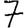
Digit: 7